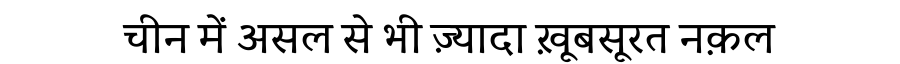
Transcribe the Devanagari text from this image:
चीन में असल से भी ज़्यादा ख़ूबसूरत नक़ल